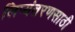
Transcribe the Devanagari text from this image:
लिप्यंतरणसाठी